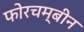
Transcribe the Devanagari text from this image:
फोरचम्बीन